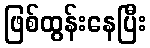
ဖြစ်ထွန်းနေပြီး